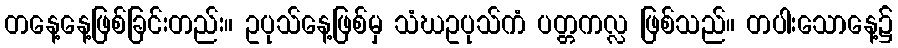
တနေ့နေ့ဖြစ်ခြင်းတည်း။ ဥပုသ်နေ့ဖြစ်မှ သံဃဥပုသ်ကံ ပတ္တကလ္လ ဖြစ်သည်။ တပါးသောနေ့၌